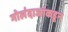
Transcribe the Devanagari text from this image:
गोलंदाजांकडून